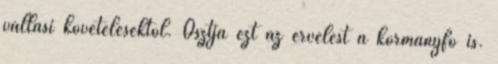
vallási követelésektől. Osztja ezt az érvelést a kormányfő is.